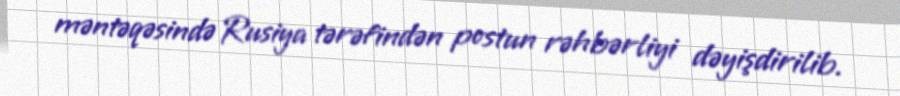
məntəqəsində Rusiya tərəfindən postun rəhbərliyi dəyişdirilib.